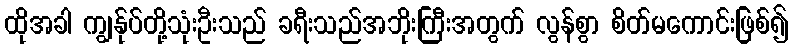
ထိုအခါ ကျွန်ုပ်တို့သုံးဦးသည် ခရီးသည်အဘိုးကြီးအတွက် လွန်စွာ စိတ်မကောင်းဖြစ်၍